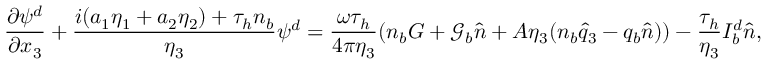
\frac { \partial \psi ^ { d } } { \partial x _ { 3 } } + \frac { i ( a _ { 1 } \eta _ { 1 } + a _ { 2 } \eta _ { 2 } ) + \tau _ { h } n _ { b } } { \eta _ { 3 } } \psi ^ { d } = \frac { \omega \tau _ { h } } { 4 \pi \eta _ { 3 } } ( n _ { b } G + \mathcal { G } _ { b } \hat { n } + A \eta _ { 3 } ( n _ { b } \hat { q } _ { 3 } - q _ { b } \hat { n } ) ) - \frac { \tau _ { h } } { \eta _ { 3 } } I _ { b } ^ { d } \hat { n } ,